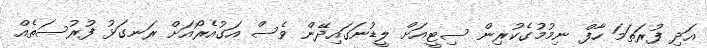
އަދި ފުރަތަމަ ހާފް ނިމުމުގެކުރިން ސިޓީއަށް ލީޑުނަގައިދޭން ވެސް އަގުއެރޯއަށް ރަނގަޅު ފުރުސަތެއް